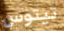
تيتوس